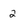
Character: 2